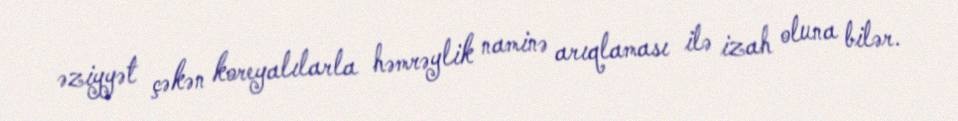
əziyyət çəkən koreyalılarla həmrəylik naminə arıqlaması ilə izah oluna bilər.